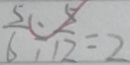
\frac { 5 } { 6 } \div \frac { 5 } { 1 2 } = 2